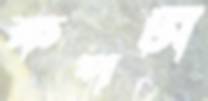
কপটী